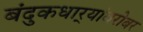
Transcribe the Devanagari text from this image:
बंदुकधार्‍यांबरोबर